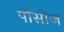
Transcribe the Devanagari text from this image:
पीसीज